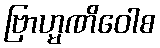
ဗြာဟ္မဏိဝေါစ